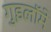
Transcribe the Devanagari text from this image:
गुइलॉमे